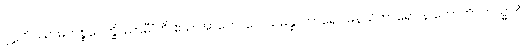
ဝုဋ္ဌဟိဿာမိ, ပစ္စဝေက္ခိဿာမီ”တိ ဧသ အာဘောဂေါ သမန္နာဟာရော မနသိကာရော န ဟောတိ။ ကသ္မာ?